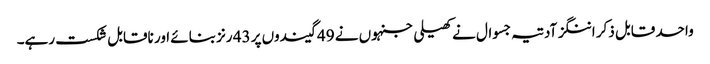
واحد قابل ذکر اننگز آدتیہ جسوال نے کھیلی جنہوں نے 49 گیندوں پر 43 رنز بنائے اور ناقابل شکست رہے۔